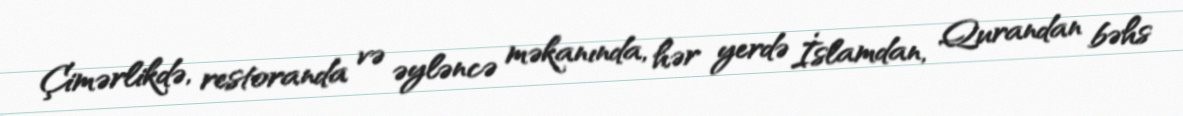
Çimərlikdə, restoranda və əyləncə məkanında, hər yerdə İslamdan, Qurandan bəhs